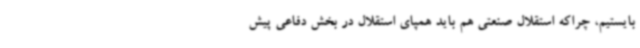
بایستیم، چراکه استقلال صنعتی هم باید همپای استقلال در بخش دفاعی پیش